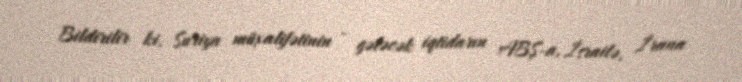
Bildirilir ki, Suriya müxalifətinin - gələcək iqtidarın ABŞ-a, İsrailə, İrana